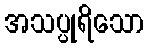
အသပ္ပုရိသော